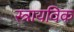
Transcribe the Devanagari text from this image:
स्त्रायविक